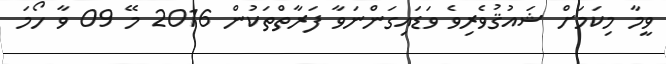
ވީމާ މިކަމަށް ޝައުޤުވެރިވެ ވަޑައިގަންނަވާ ފަރާތްތަކުން 2016 މޭ 09 ވާ ހޯމަ